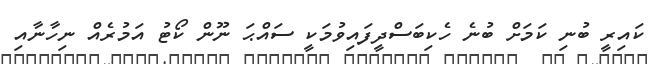
ކައިރީ ބުނި ކަމަށް ބުނެ ހެކިބަސްދީފައިވުމަކީ ސައްޙަ ނޫން ކޯޓު އަމުރެއް ނިހާނާއި